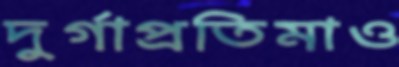
দুর্গাপ্রতিমাও